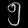
Digit: ၅